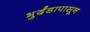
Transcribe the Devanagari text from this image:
भुर्दंडापासून